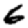
Digit: 6